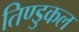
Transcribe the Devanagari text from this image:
तिण्डुकल